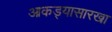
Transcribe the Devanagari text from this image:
आकड्यासारखा